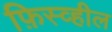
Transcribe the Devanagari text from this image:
फ़िस्व्हील